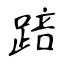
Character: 踣